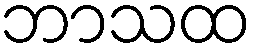
ဘာသထ